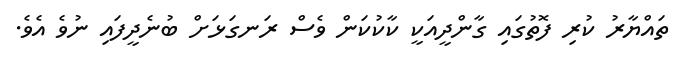
ތައްޔާރު ކުރި ފޮތުގައި ގާންދީއަކީ ކާކުކަން ވެސް ރަނގަޅަށް ބުނެދީފައި ނުވެ އެވެ.